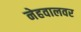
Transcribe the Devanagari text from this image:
नेहवालवर